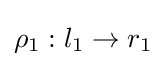
\rho _{1}:l_{1}\to r_{1}